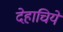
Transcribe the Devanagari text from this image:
देहाचिये